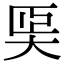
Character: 𡘡